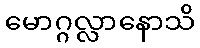
မောဂ္ဂလ္လာနောသိ